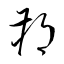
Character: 朔